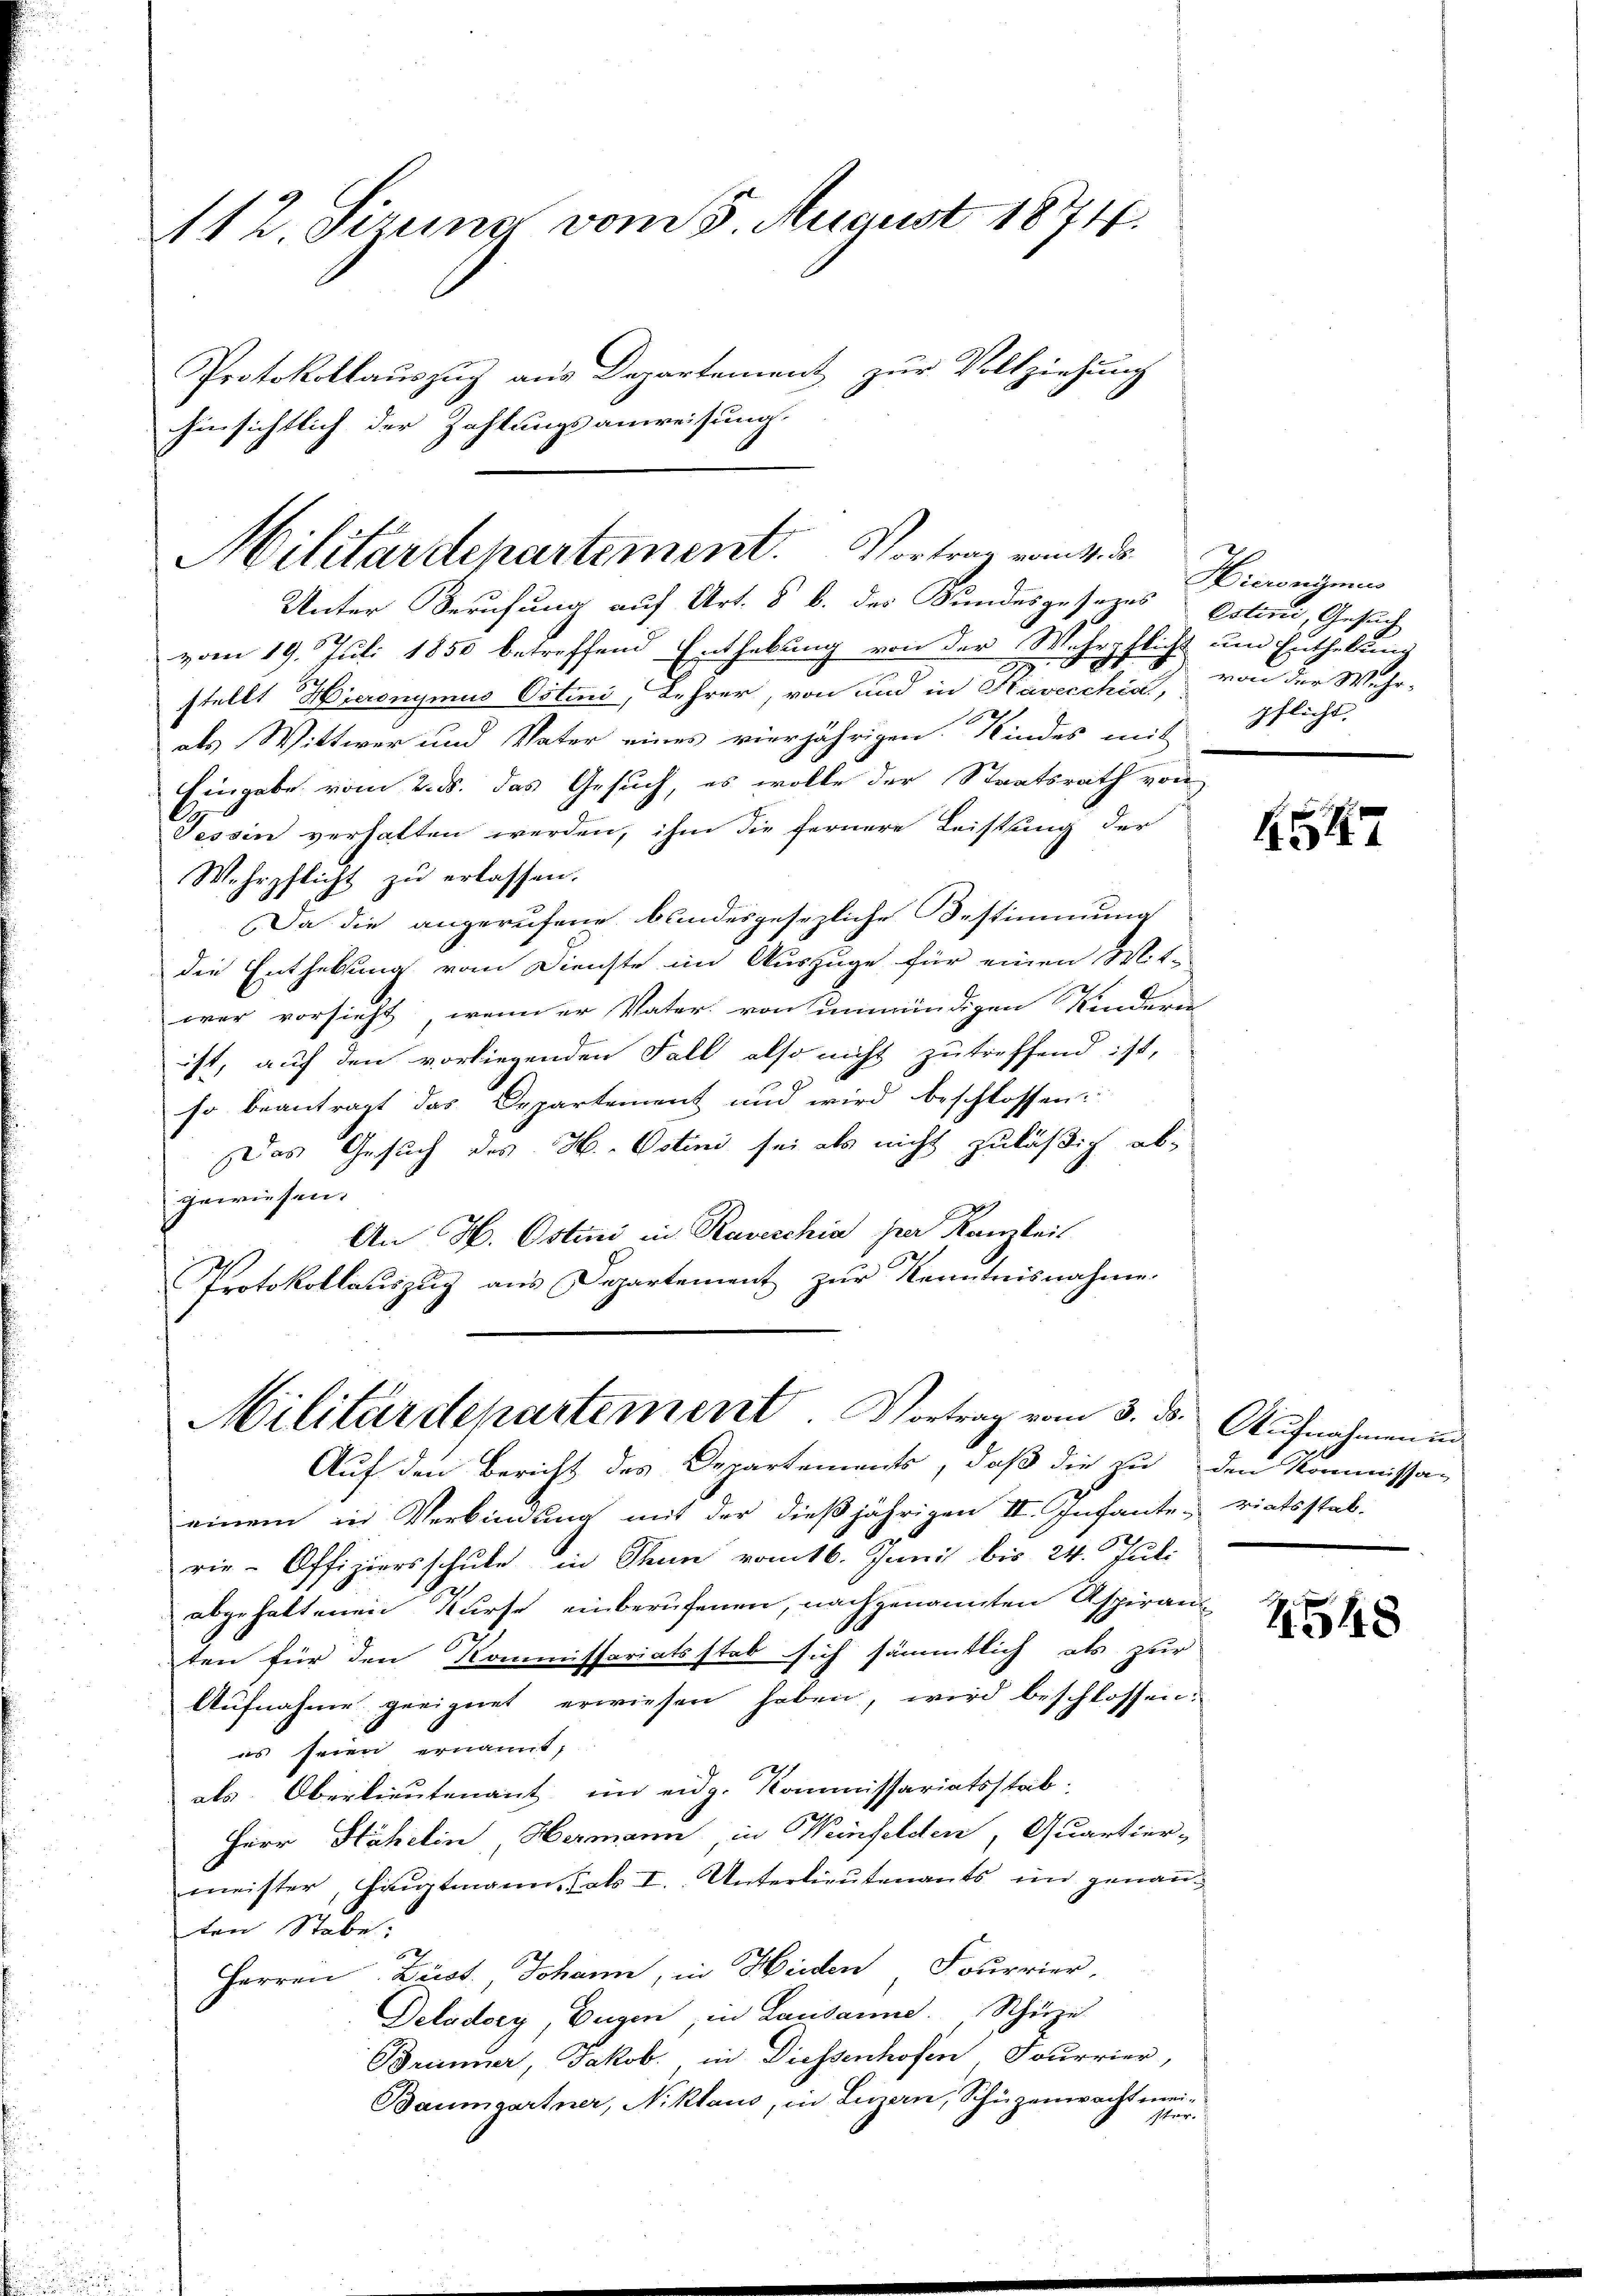
112. Sizung vom 5. August 1874.

Protokollauszug aus Departement zur Vollziehung
hinsichtlich der Zahlungsanweisung.

Unter Berufung auf Art. 8 b. des Bundesgesezes Esteri, Gesuch
vom 19. Juli 1850 betreffend Enthebung von der Mehrpflicht um Enthaltunstellt Hieronymus Ostini, Lehrer, von und in Havecchi, von der Wahr-
als Wittwer und Vater eines vierjährigen Kindes mit
Eingabe vom 2. ds. das Gesuch, es wolle der Staatsrath von
Tessin verhalten werden, ihm die fernere Leistung der
Wehrpflicht zu erlassen.
Da die angerufene bundesgesezliche Bestimmung
die Enthebung vom Dienste im Auszuge für einen Mit-
war vorsieht, wenn er Vater von unmündigen Kindern
ist, auf den vorliegenden Fall also nicht zu treffend ist,
G
so beantragt das Departement und wird beschlossen:
Das Gesuch des H. Votini sei als nicht zuläßig ab
gewiesen.
An H. Ostini in Raveschin herr Kanzleit
Protokollauszug aus Departement zur Kenntnisnahme.

Militärdepartement. Vortrag vom 4. d.

Militärdepartement. Vortrag vom 3. ds. Aufnahmen in
Auf den Bericht des Departements, daß die zu den Kommissa-

einem in Verbindung mit der dießjährigen II. Infanteriatsstab-
rie-Offiziersschule in dann vom 6. Juni bis 24. Juli
abgehaltenen Kurse einberufenen, nachgenannten Aspiranz
ten für den Kommissariatsstab sich sämmtlich als zur
Aufnahme geeignet erwiesen haben, wird beschlossen:
es seien ernannt,
als Oberlieutenant im eidg. Kommissariatsstab.
Herr Stähelin Hermann in Weinfelden, Quartier-
meister, Hauptmann, Jak. I. Unterlieutenants im genanten Stebe:
Herren Düss, Johann, in Heiden Fourrier,
Deladerg, Eugen, in Lausanne. Schürze
Brinner, Jakob., in Diessenhofen, Fourrier,
Baumgartner, Niklaus, in Luzern, Schüzenwacht mei-
Ich begange

Hieronymus
pflicht.

154

2548